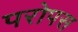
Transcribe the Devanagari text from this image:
परोपस